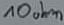
Text: 10ohm